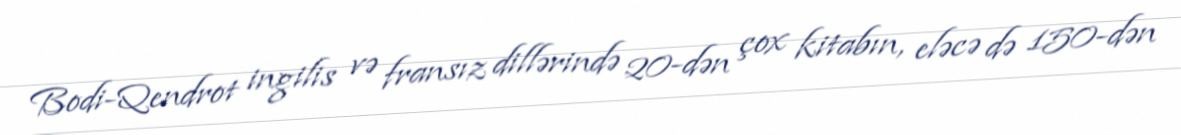
Bodi-Qendrot ingilis və fransız dillərində 20-dən çox kitabın, eləcə də 150-dən